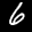
Label: 6